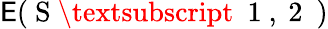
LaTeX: \mathsf{E}(\mathrm{{~S~\textsubscript~{~1~,~2~}~}})